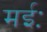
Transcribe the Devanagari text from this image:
मईः